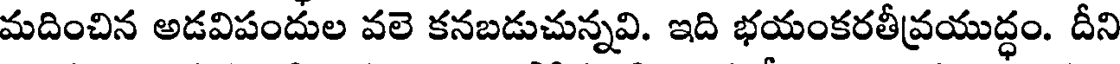
మదించిన అడవిపందుల వలె కనబడుచున్నవి. ఇది భయంకరతీవ్రయుద్ధం. దీని